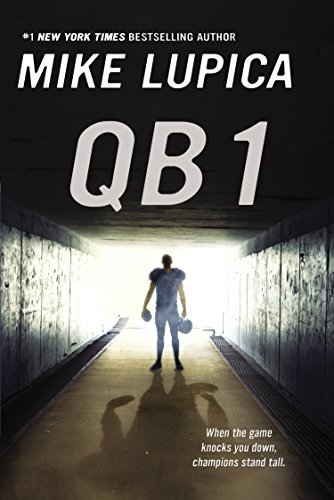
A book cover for QB 1; Mike Lupica; Children's Books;